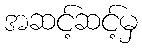
အဆင့်ဆင့်မှ